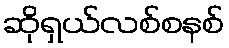
ဆိုရှယ်လစ်စနစ်